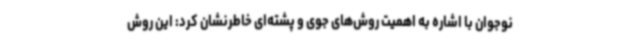
نوجوان با اشاره به اهمیت روش‌های جوی و پشته‌ای خاطرنشان کرد: این روش